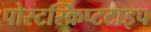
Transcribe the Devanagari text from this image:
पोस्टस्क्रिप्टटाइप